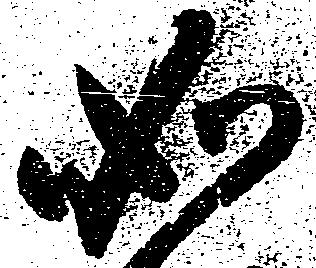
如